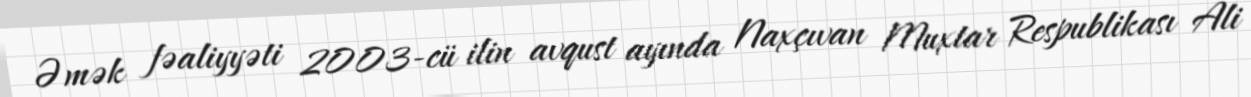
Əmək fəaliyyəti 2003-cü ilin avqust ayında Naxçıvan Muxtar Respublikası Ali